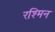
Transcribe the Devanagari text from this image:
रश्मिन